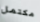
مكتمل